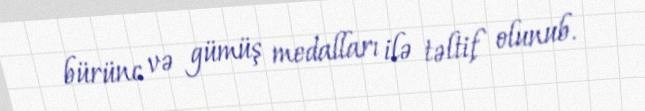
bürünc və gümüş medalları ilə təltif olunub.